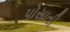
પોસાતી